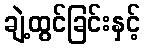
ချဲ့ထွင်ခြင်းနှင့်